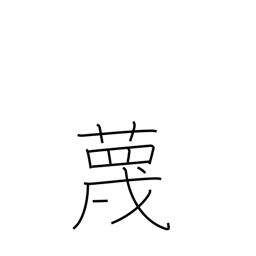
Meaning: ridicule